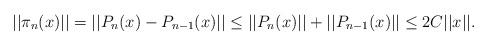
LaTeX: \begin{align*}||\pi_n(x)||=||P_n(x)-P_{n-1}(x)||\le||P_n(x)||+||P_{n-1}(x)||\le 2C||x||. \end{align*}